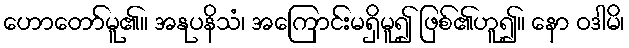
ဟောတော်မူ၏။ အနုပနိသံ၊ အကြောင်းမရှိမူ၍ ဖြစ်၏ဟူ၍။ နော ဝဒါမိ၊